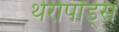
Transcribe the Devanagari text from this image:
थेरोपॉड्स